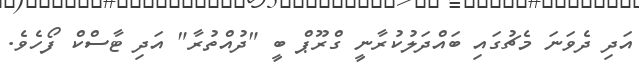
އަދި ދެވަނަ މެޗުގައި ބައްދަލުކުރާނީ ގްރޫޕް ބީ "ދުއްތުރާ" އަދި ޓާސްކް ފޯހެވެ.